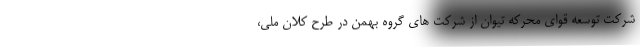
شرکت توسعه قوای محرکه تیوان از شرکت های گروه بهمن در طرح کلان ملی،